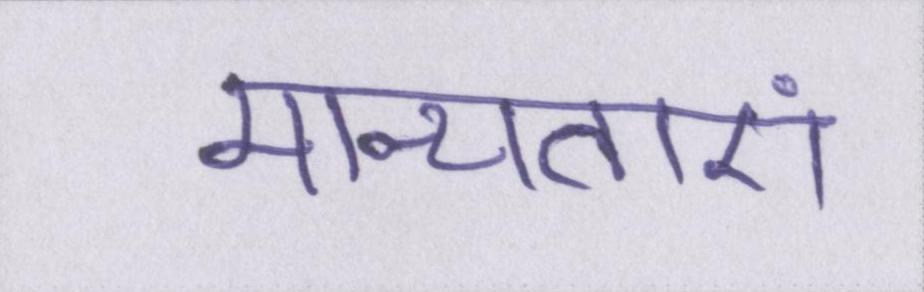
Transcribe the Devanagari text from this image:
मान्यताएं